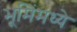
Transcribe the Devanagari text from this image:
भूमिंमध्ये